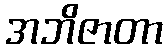
အဘိဇာတာ